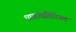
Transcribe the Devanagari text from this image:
धावांव्यतिरिक्त